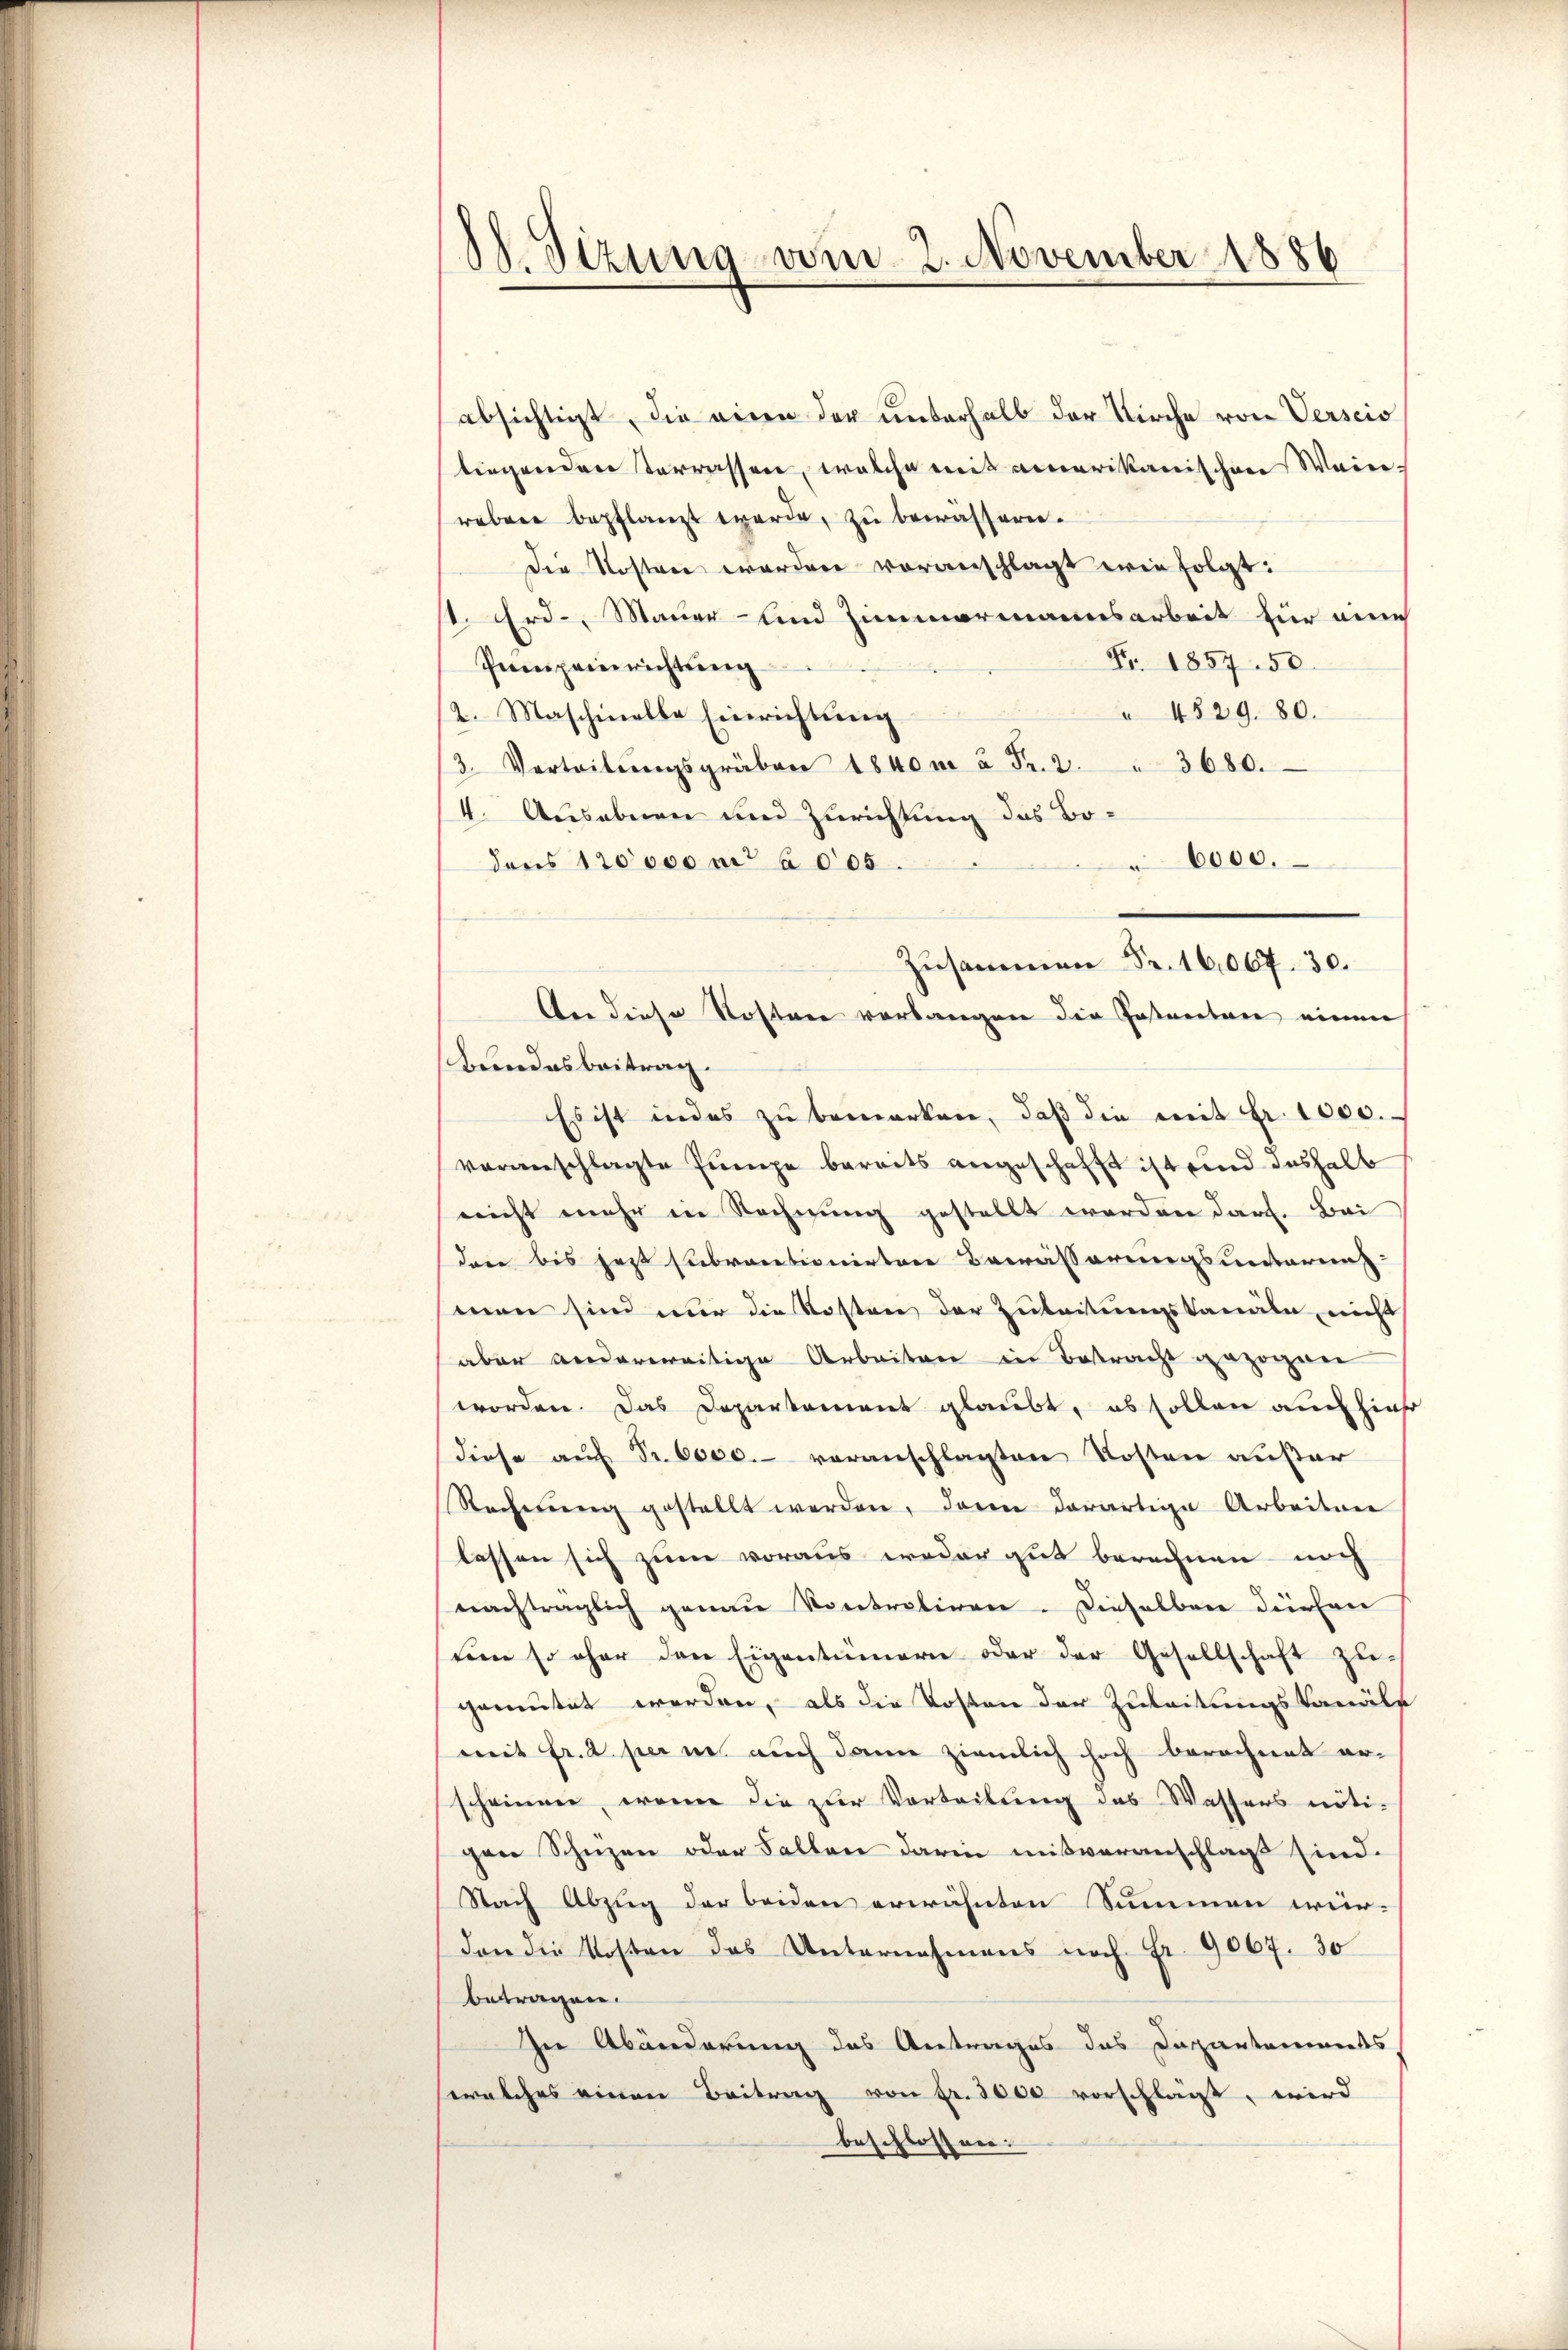
absichtigt, die einen der unterhalb der Kirche von Verscis
liegenden Terrassen, welche mit ainerikanischen Wein-
reben bepflanzt werde, zu bewässern.
Die Kosten worden voranschlagt wie folgt:
1. Erd., Mauer- und Zimmermannsarbeit für eine
Nr. 1857. 50.
Peinpeinrichtung
" 4829. 80.
2. Maschinelle Einrichtung
3. Vertritŭngsgräben 1840 m à Fr. 2. " 3680.
4. Ausebnen und Zurichtung des Bo¬
6000.
dens 120000 m a 005.
Zusammen Fr. 16,007. 30.
An diese Kosten verlangen die Postaretare einen
Beindesbeitrag.
Es ist indes zu bemerken, daβ die mit Fr. 1000.
voranschlagte Pumpe bereits angeschafft ist und deshalb
nicht mehr in Rechnung gestellt werden darf. Bei
dann bis jezt subventionirten Bewässerungsunterenz
man sind nur die Kosten der Zuleitungskanäle, nicht
aber anderweitige Arbeiten in Bestracht gezogen
worden. Das Deparkoment glaubt, ob sollen auch hies
diese aŭf Fr. 6000.- veranschlagten Kosten außer
Rechnŭng gestellt werden, dann derartige Arbeiten
lassen sich zum voraus weder gut berechnen noch
nachträglich genau Vortretiren. Dieselben dürfen
um so ohne den Eigentümern oder der Gesellschaft zugemutet werden, als die Kosten der Zuleitungskanäle
mit fr. 2. per in auch dann ziemlich hoch berechnet er-
scheinen, wenn die zur Vorteilung des Wassers nötigen Schuzen oder Fallen darin mißveranschlagt sind.
Nach Abzug der beiden erwähnten Summen wür-
den die Kosten das Unternahmens noch Fr. 9067. 30
betragen.
In Abänderung des Antrages das Departanents
welches einen Beitrag von Fr. 3000 vorschlägt, wird
beschlossen:

d. Sizung vom 2. November 1886